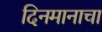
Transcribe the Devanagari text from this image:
दिनमानाचा